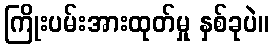
ကြိုးပမ်းအားထုတ်မှု နှစ်ခုပဲ။